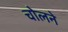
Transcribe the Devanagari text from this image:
चोलने